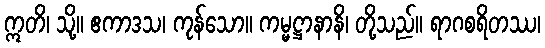
ဣတိ၊ သို့။ ဧကာဒသ၊ ကုန်သော။ ကမ္မဋ္ဌာနာနိ၊ တို့သည်။ ရာဂစရိတဿ၊